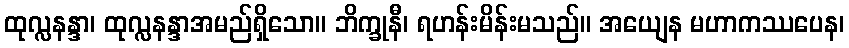
ထုလ္လနန္ဒာ၊ ထုလ္လနန္ဒာအမည်ရှိသော။ ဘိက္ခုနီ၊ ရဟန်းမိန်းမသည်။ အယျေန မဟာကဿပေန၊